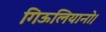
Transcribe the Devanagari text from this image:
गिऊलियानो।